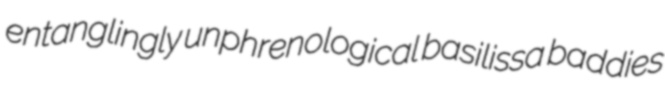
entanglingly unphrenological basilissa baddies